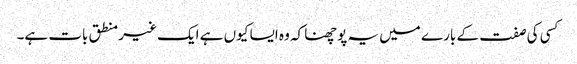
کسی کی صفت کے بارے میں یہ پوچھنا کہ وہ ایسا کیوں ہے ایک غیر منطق بات ہے۔